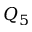
Q _ { 5 }